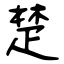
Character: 楚